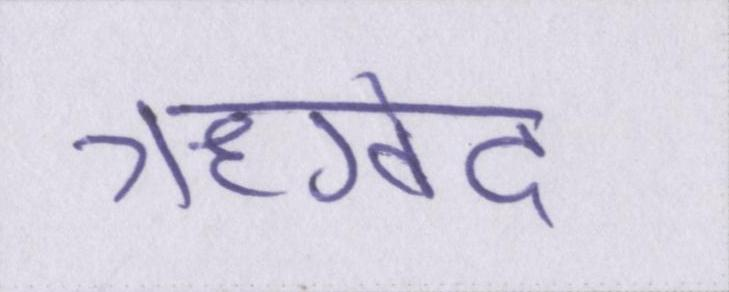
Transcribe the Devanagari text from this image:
ऋग्वेद